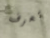
تعرف